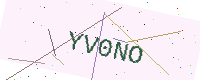
Text: YV0NO